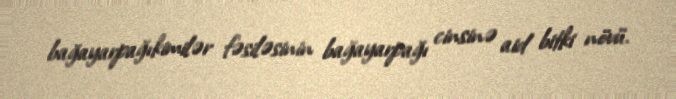
bağayarpağıkimilər fəsiləsinin bağayarpağı cinsinə aid bitki növü.